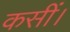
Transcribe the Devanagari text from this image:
कसीं।